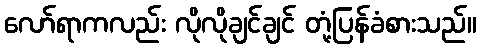
လော်ရာကလည်း လိုလိုချင်ချင် တုံ့ပြန်ခံစားသည်။